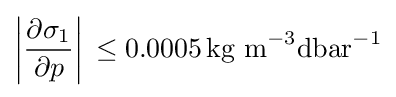
\left|{\frac {\partial \sigma _{1}}{\partial p}}\right|\,\leq 0.0005\,{\text{kg m}}^{-3}{\text{dbar}}^{-1}